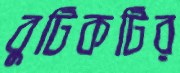
বুটিকটির